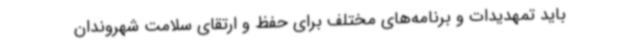
باید تمهدیدات و برنامه‌های مختلف برای حفظ و ارتقای سلامت شهروندان